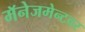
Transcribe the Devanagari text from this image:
मॅनेजमेन्टवर